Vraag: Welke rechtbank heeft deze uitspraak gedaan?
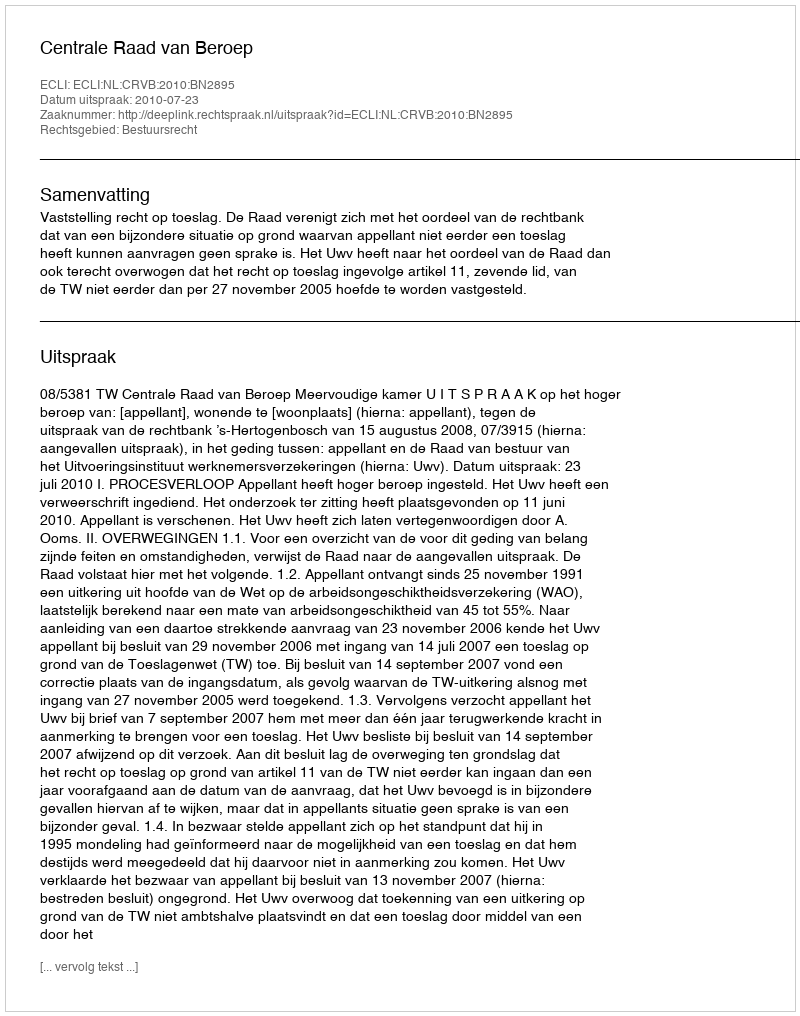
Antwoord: Centrale Raad van Beroep